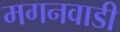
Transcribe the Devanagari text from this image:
मगनवाडी